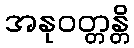
အနုဝတ္တန္တိ